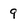
Character: 9